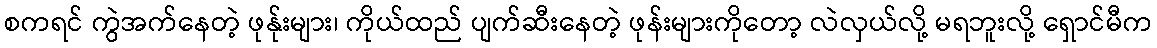
စကရင် ကွဲအက်နေတဲ့ ဖုန်ုးများ၊ ကိုယ်ထည် ပျက်ဆီးနေတဲ့ ဖုန်းများကိုတော့ လဲလှယ်လို့ မရဘူးလို့ ရှောင်မီက